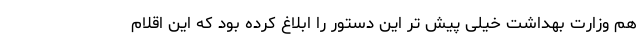
هم وزارت بهداشت خیلی پیش تر این دستور را ابلاغ کرده بود که این اقلام